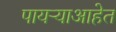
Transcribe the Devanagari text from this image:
पायऱ्याआहेत